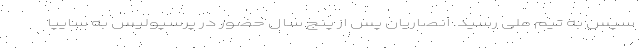
سپس به تیم ملی رسید. انصاریان پس از پنج سال حضور در پرسپولیس به سایپا